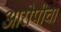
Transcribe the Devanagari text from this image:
आरोपीचा